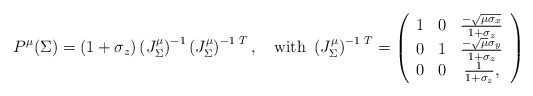
\begin{align*}P^\mu(\Sigma)=(1+\sigma_z)\left(J^\mu_{\Sigma}\right)^{-1}\left(J^\mu_{\Sigma}\right)^{-1\,\,T},\quad\mbox{with }\left(J^\mu_{\Sigma}\right)^{-1\,\,T}=\left(\begin{array}{ccc} 1 & 0 & \frac{-\sqrt{\mu\sigma_x}}{1+\sigma_z}\\0 & 1 & \frac{-\sqrt{\mu}\sigma_y}{1+\sigma_z}\\ 0 & 0 & \frac{1}{1+\sigma_z},\end{array}\right)\end{align*}